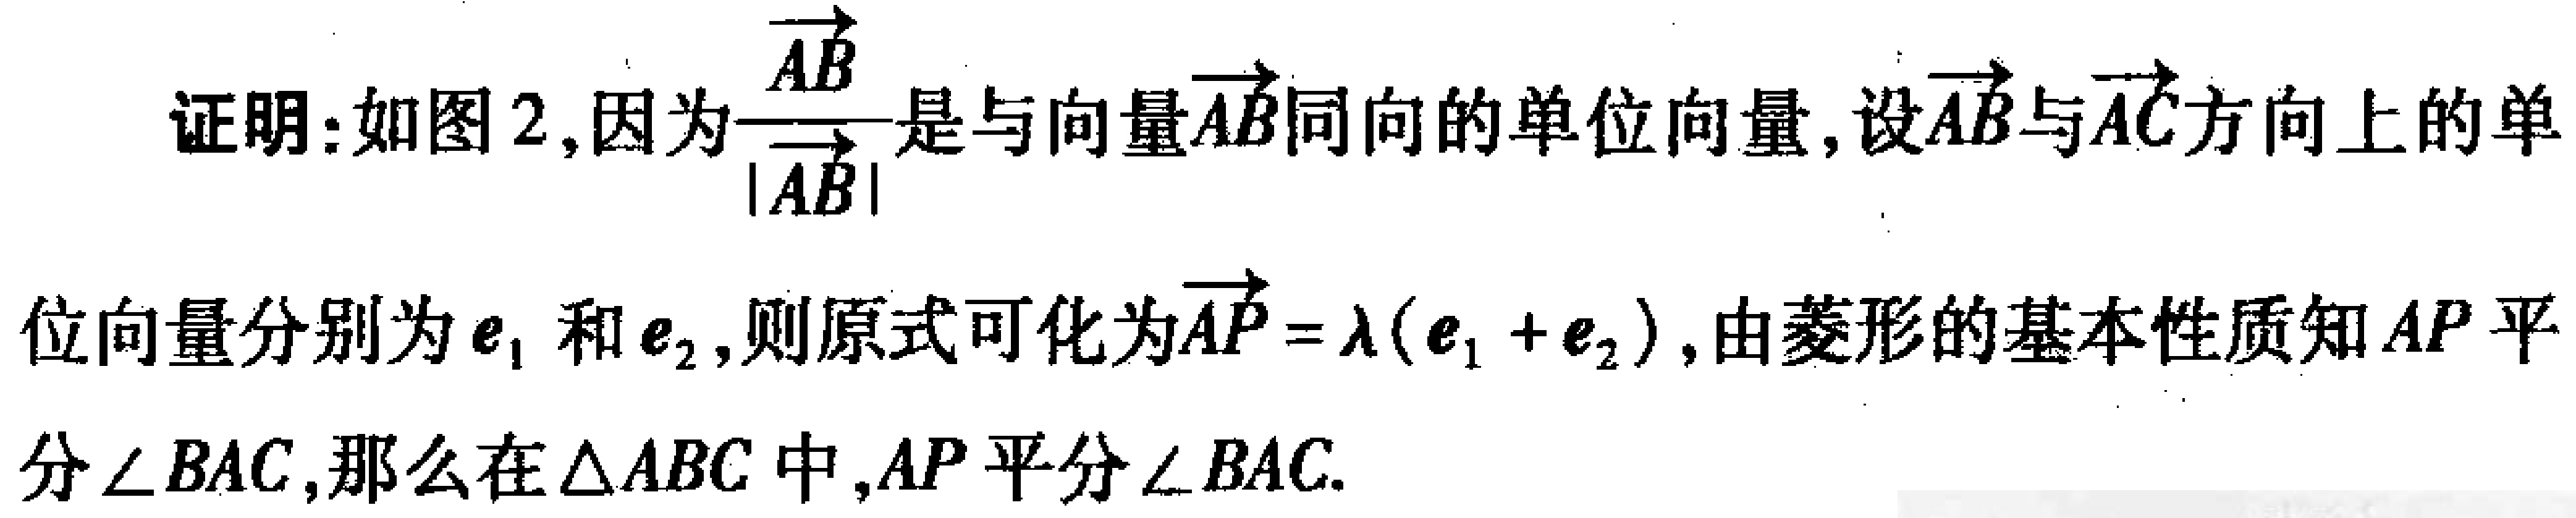
证明：如图 2,因为$\frac{\overrightarrow{AB}}{|\overrightarrow{AB}|}$是与向量$\overrightarrow{AB}$同向的单位向量, 设$\overrightarrow{AB}$与$\overrightarrow{AC}$方向上的单位向量分别为$\boldsymbol{e}_{1}$和$\boldsymbol{e}_{2}$,则原式可化为$\overrightarrow{AP}=\lambda(\boldsymbol{e}_{1}+\boldsymbol{e}_{2})$,由菱形的基本性质知$AP$平分$\angle BAC$,那么在$\triangle ABC$中,$AP$平分$\angle BAC$.